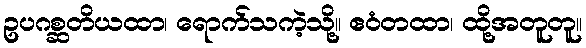
ဥပဂစ္ဆတိယထာ၊ ရောက်သကဲ့သို့။ ဧဝံတထာ၊ ထို့အတူတူ။